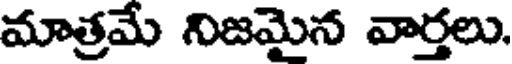
మాత్రమే నిజమైన వార్తలు.